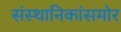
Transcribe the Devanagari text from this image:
संस्थानिकांसमोर